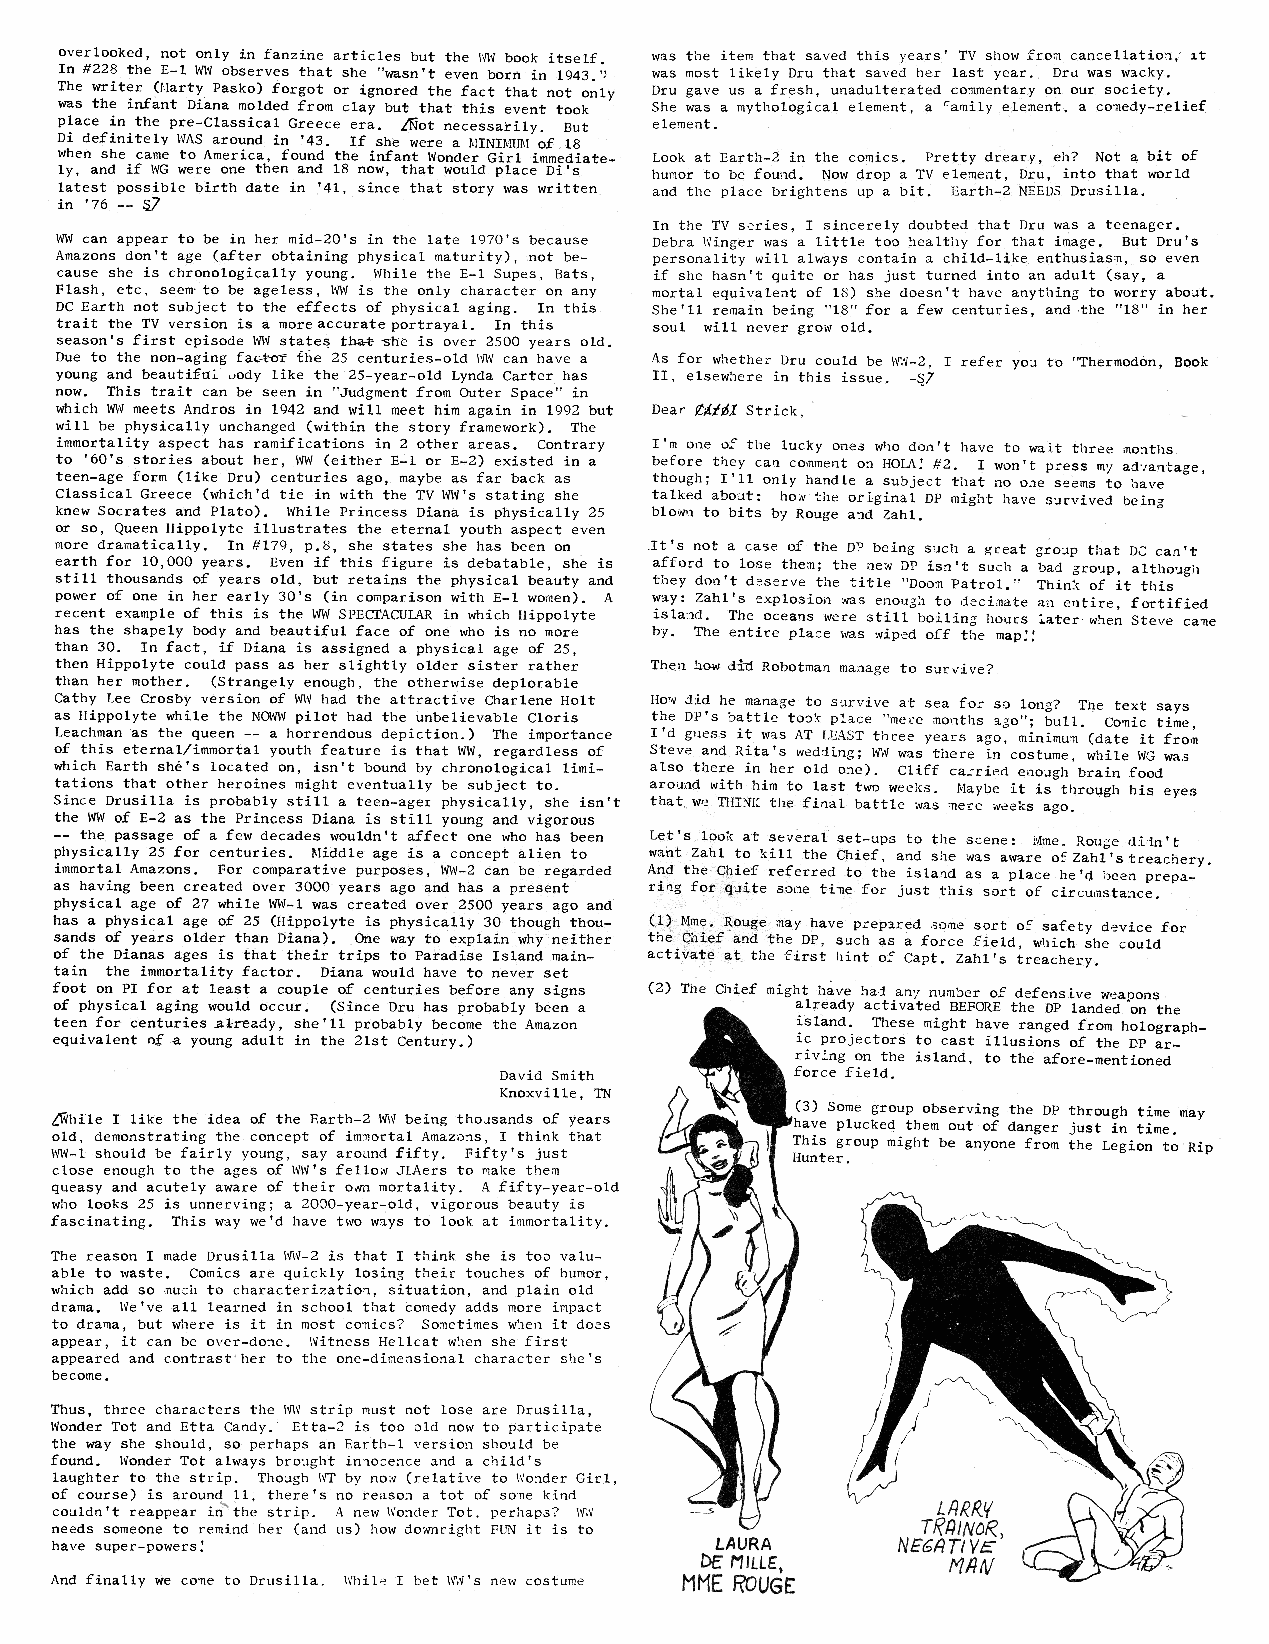
hola_2.indd 13                                                              2/19/13 3:09 PM